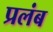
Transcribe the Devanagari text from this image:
प्रलंब